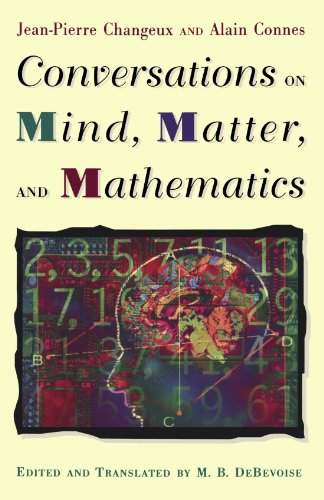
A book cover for Conversations on Mind, Matter, and Mathematics; Jean-Pierre Changeux; Politics & Social Sciences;